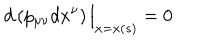
d \left( p _ { \mu \nu } d x ^ { \nu } \right) \Big \vert _ { x = x ( s ) } = 0